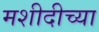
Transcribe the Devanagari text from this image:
मशीदीच्या